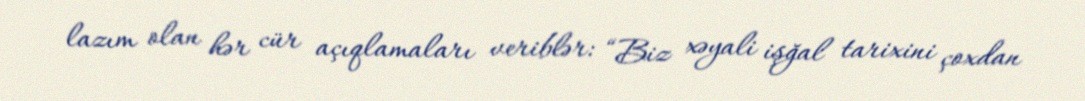
lazım olan hər cür açıqlamaları veriblər: “Biz xəyali işğal tarixini çoxdan